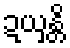
ဍယှန္တိ